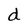
Character: d